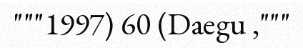
"""1997) 60 (Daegu ,"""